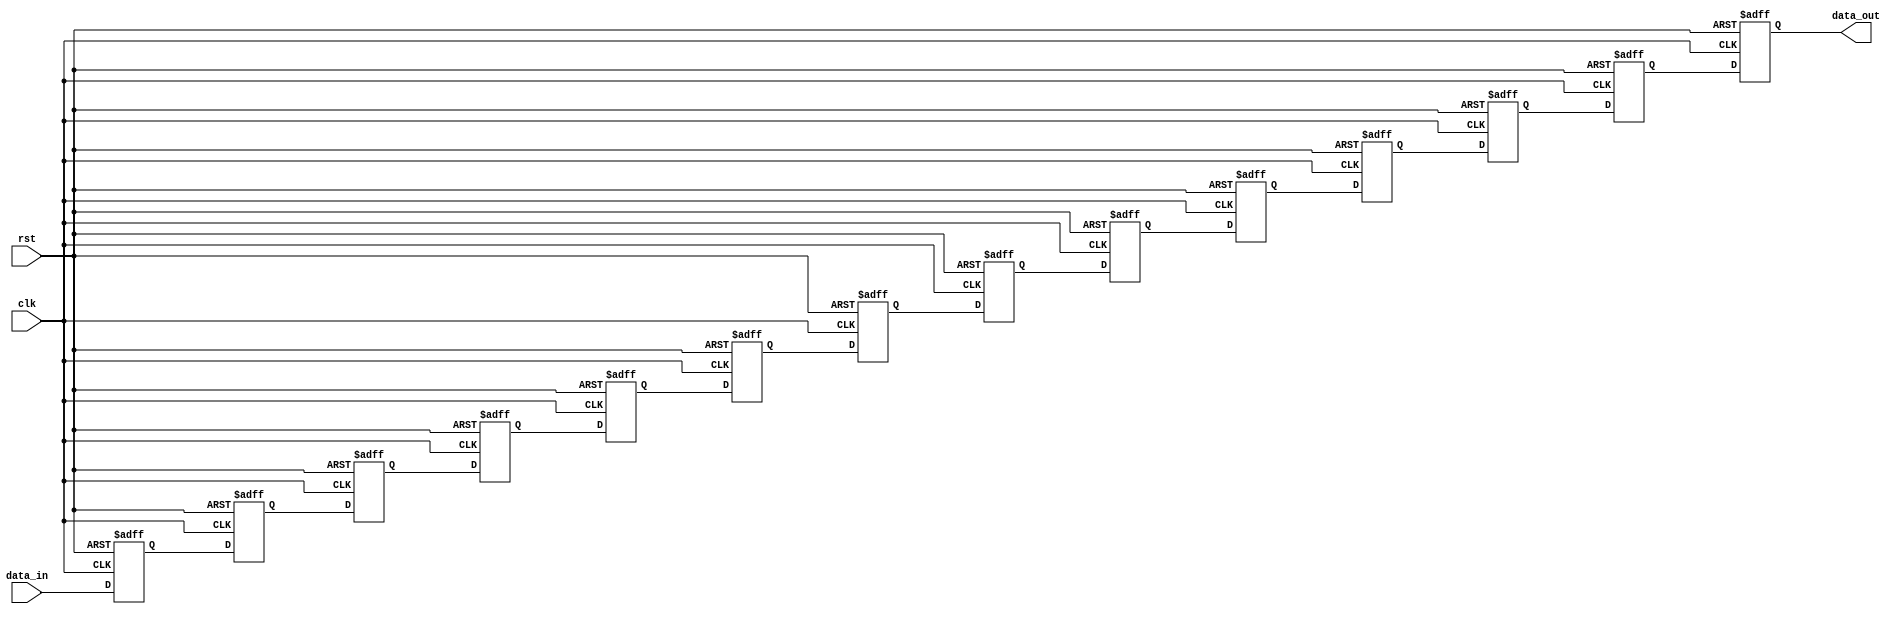
//-----------------------------------------------------
// Design Name : syn_fifo
// Function    : Synchronous (single clock) FIFO
// Coder       : Deepak Kumar Tala
//-----------------------------------------------------
module syn_fifo (
clk      , // Clock input
rst      , // Active high reset
//wr_cs    , // Write chip select
//rd_cs    , // Read chipe select
data_in  , // Data input
//rd_en    , // Read enable
//wr_en    , // Write Enable
data_out  // Data Output
//empty    , // FIFO empty
//full       // FIFO full
);    
 
// FIFO constants
parameter DATA_WIDTH = 32;
parameter RAM_DEPTH = 14;

// Port Declarations
input clk;
input rst;

input [DATA_WIDTH-1:0] data_in;

output [DATA_WIDTH-1:0] data_out;

//-----------Internal variables-------------------

//wire [DATA_WIDTH-1:0] data_out;


//-----------Variable assignments---------------
reg [DATA_WIDTH-1:0] ram [0:RAM_DEPTH-1];

//-----------Code Start---------------------------


integer i, j;
always @ (posedge clk or posedge rst) begin
	if (rst) begin
     for(i = 0; i < RAM_DEPTH; i= i+1) begin
		ram[i] <= 0;
	 end 
	 end else begin 
		ram[0] <= data_in;
		for(j = 0; j < RAM_DEPTH -1; j = j + 1) begin
			ram[j + 1] <= ram[j];
		end
	 end 
end

assign data_out = ram[RAM_DEPTH -1];


   

endmodule